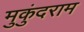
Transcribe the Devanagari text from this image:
मुकुंदराम